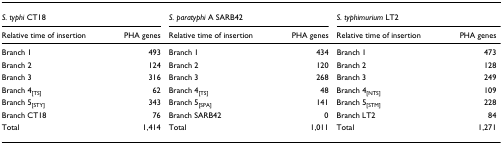
<table><thead><tr><td colspan="2"><b><i>S. typhi </i>CT18</b></td><td colspan="2"><b><i>S. paratyphi </i>A SARB42</b></td><td colspan="2"><b><i>S. typhimurium </i>LT2</b></td></tr><tr><td><b>Relative time of insertion</b></td><td><b>PHA genes</b></td><td><b>Relative time of insertion</b></td><td><b>PHA genes</b></td><td><b>Relative time of insertion</b></td><td><b>PHA genes</b></td></tr></thead><tbody><tr><td>Branch 1</td><td>493</td><td>Branch 1</td><td>434</td><td>Branch 1</td><td>473</td></tr><tr><td>Branch 2</td><td>124</td><td>Branch 2</td><td>120</td><td>Branch 2</td><td>128</td></tr><tr><td>Branch 3</td><td>316</td><td>Branch 3</td><td>268</td><td>Branch 3</td><td>249</td></tr><tr><td>Branch 4<sub>[TS]</sub></td><td>62</td><td>Branch 4<sub>[TS]</sub></td><td>48</td><td>Branch 4<sub>[NTS]</sub></td><td>109</td></tr><tr><td>Branch 5<sub>[STY]</sub></td><td>343</td><td>Branch 5<sub>[SPA]</sub></td><td>141</td><td>Branch 5<sub>[STM]</sub></td><td>228</td></tr><tr><td>Branch CT18</td><td>76</td><td>Branch SARB42</td><td>0</td><td>Branch LT2</td><td>84</td></tr><tr><td>Total</td><td>1,414</td><td>Total</td><td>1,011</td><td>Total</td><td>1,271</td></tr></tbody></table>